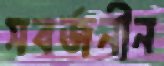
সবর্জনীন